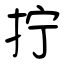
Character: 拧